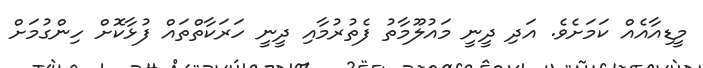
މީޑިއާއެއް ކަމަށެވެ. އަދި ދީނީ މައުލޫމާތު ފެތުރުމާއި ދީނީ ހަރަކާތްތައް ފުޅާކޮށް ހިންގުމަށް